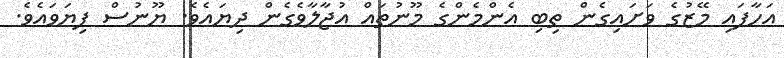
އަހާފައި މޭޒުގެ ވަށައިގެން ތިބި އެންމެންގެ މޫނުތައް އުޖާލާވެގެން ދިޔައެވެ. ޔޫނުސް ފިޔަވައެވެ.